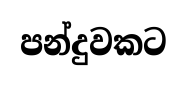
පන්දුවකට